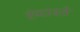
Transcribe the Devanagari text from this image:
रुंदावते